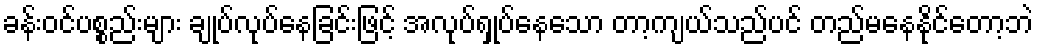
ခန်းဝင်ပစ္စည်းများ ချုပ်လုပ်နေခြင်းဖြင့် အလုပ်ရှုပ်နေသော တာ့ကျယ်သည်ပင် တည်မနေနိုင်တော့ဘဲ